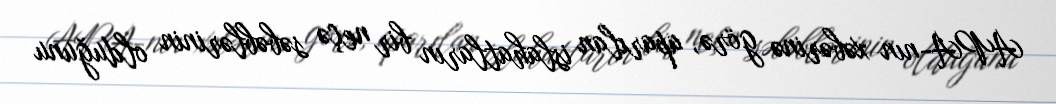
APA-nın xəbərinə görə, aparılan islahatların bir neçə səbəblərinin olduğunu